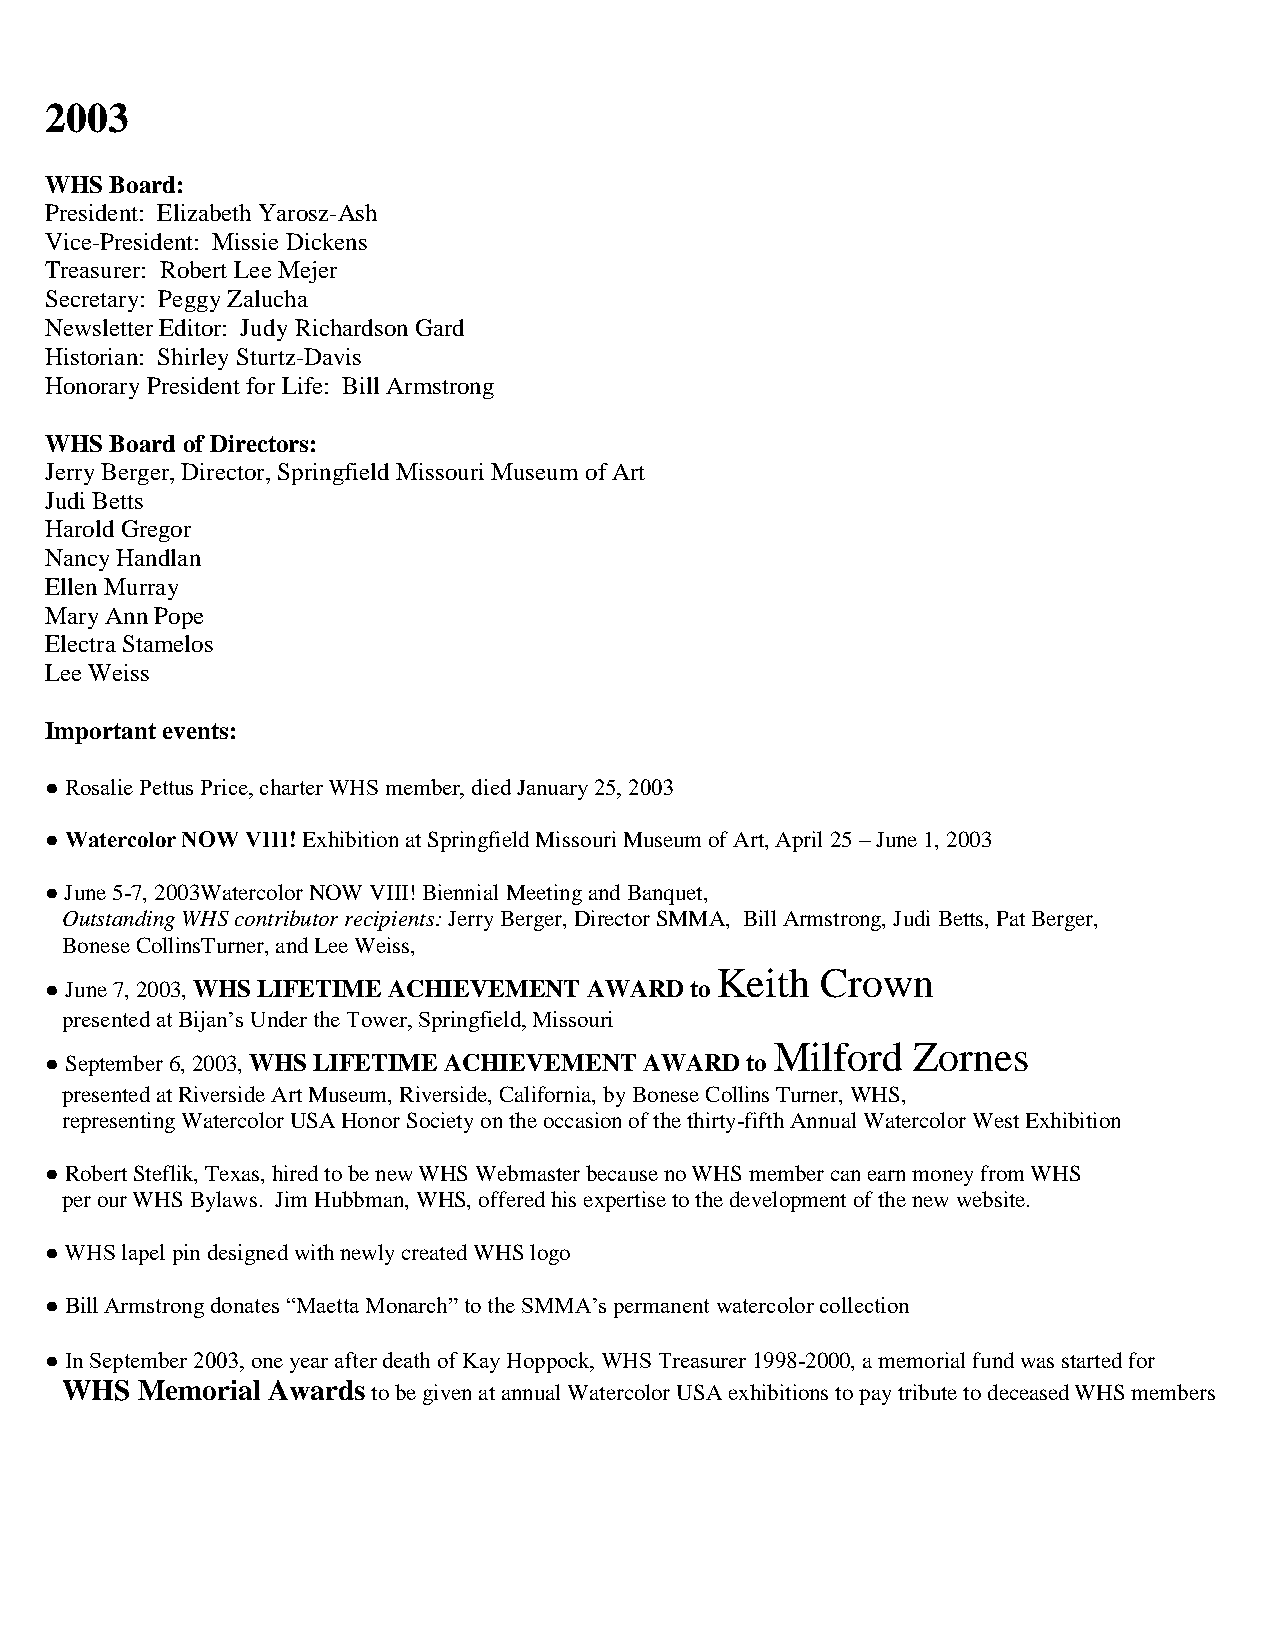
2003
 WHS Board:
 President: Elizabeth Yarosz-Ash
 Vice-President: Missie Dickens
 Treasurer: Robert Lee Mejer
 Secretary: Peggy Zalucha
 Newsletter Editor: Judy Richardson Gard
 Historian: Shirley Sturtz-Davis
 Honorary President for Life: Bill Armstrong
 WHS Board of Directors:
 Jerry Berger, Director, Springfield Missouri Museum of Art
 Judi Betts
 Harold Gregor
 Nancy Handlan
 Ellen Murray
 Mary Ann Pope
 Electra Stamelos
 Lee Weiss
 Important events:
 ● Rosalie Pettus Price, charter WHS member, died January 25, 2003
 ● Watercolor NOW VIII! Exhibition at Springfield Missouri Museum of Art, April 25 – June 1, 2003
 ● June 5-7, 2003Watercolor NOW VIII! Biennial Meeting and Banquet,
 Outstanding WHS contributor recipients: Jerry Berger, Director SMMA, Bill Armstrong, Judi Betts, Pat Berger,
 Bonese CollinsTurner, and Lee Weiss,
 Keith  Crown
 ● June 7, 2003, WHS LIFETIME ACHIEVEMENT AWARD to
 presented at Bijan’s Under the Tower, Springfield, Missouri
 Milford   Zornes
 ● September 6, 2003, WHS LIFETIME ACHIEVEMENT AWARD to
 presented at Riverside Art Museum, Riverside, California, by Bonese Collins Turner, WHS,
 representing Watercolor USA Honor Society on the occasion of the thirty-fifth Annual Watercolor West Exhibition
 ● Robert Steflik, Texas, hired to be new WHS Webmaster because no WHS member can earn money from WHS
 per our WHS Bylaws. Jim Hubbman, WHS, offered his expertise to the development of the new website.
 ● WHS lapel pin designed with newly created WHS logo
 ● Bill Armstrong donates “Maetta Monarch” to the SMMA’s permanent watercolor collection
 ● In September 2003, one year after death of Kay Hoppock, WHS Treasurer 1998-2000, a memorial fund was started for
 WHS  Memorial Awards to be given at annual Watercolor USA exhibitions to pay tribute to deceased WHS members